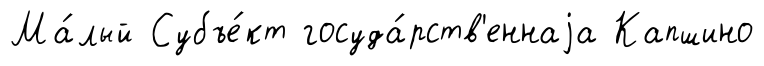
Ма́лый Субъе́кт госуда́рств'еннаjа Капшино